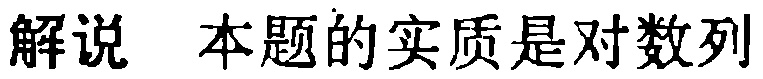
解说 本题的实质是对数列